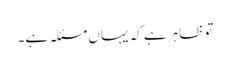
تو ظاہر ہے کہ یہاں مسئلہ ہے۔